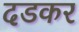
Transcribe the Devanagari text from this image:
दडकर